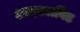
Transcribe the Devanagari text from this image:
आइडलविड